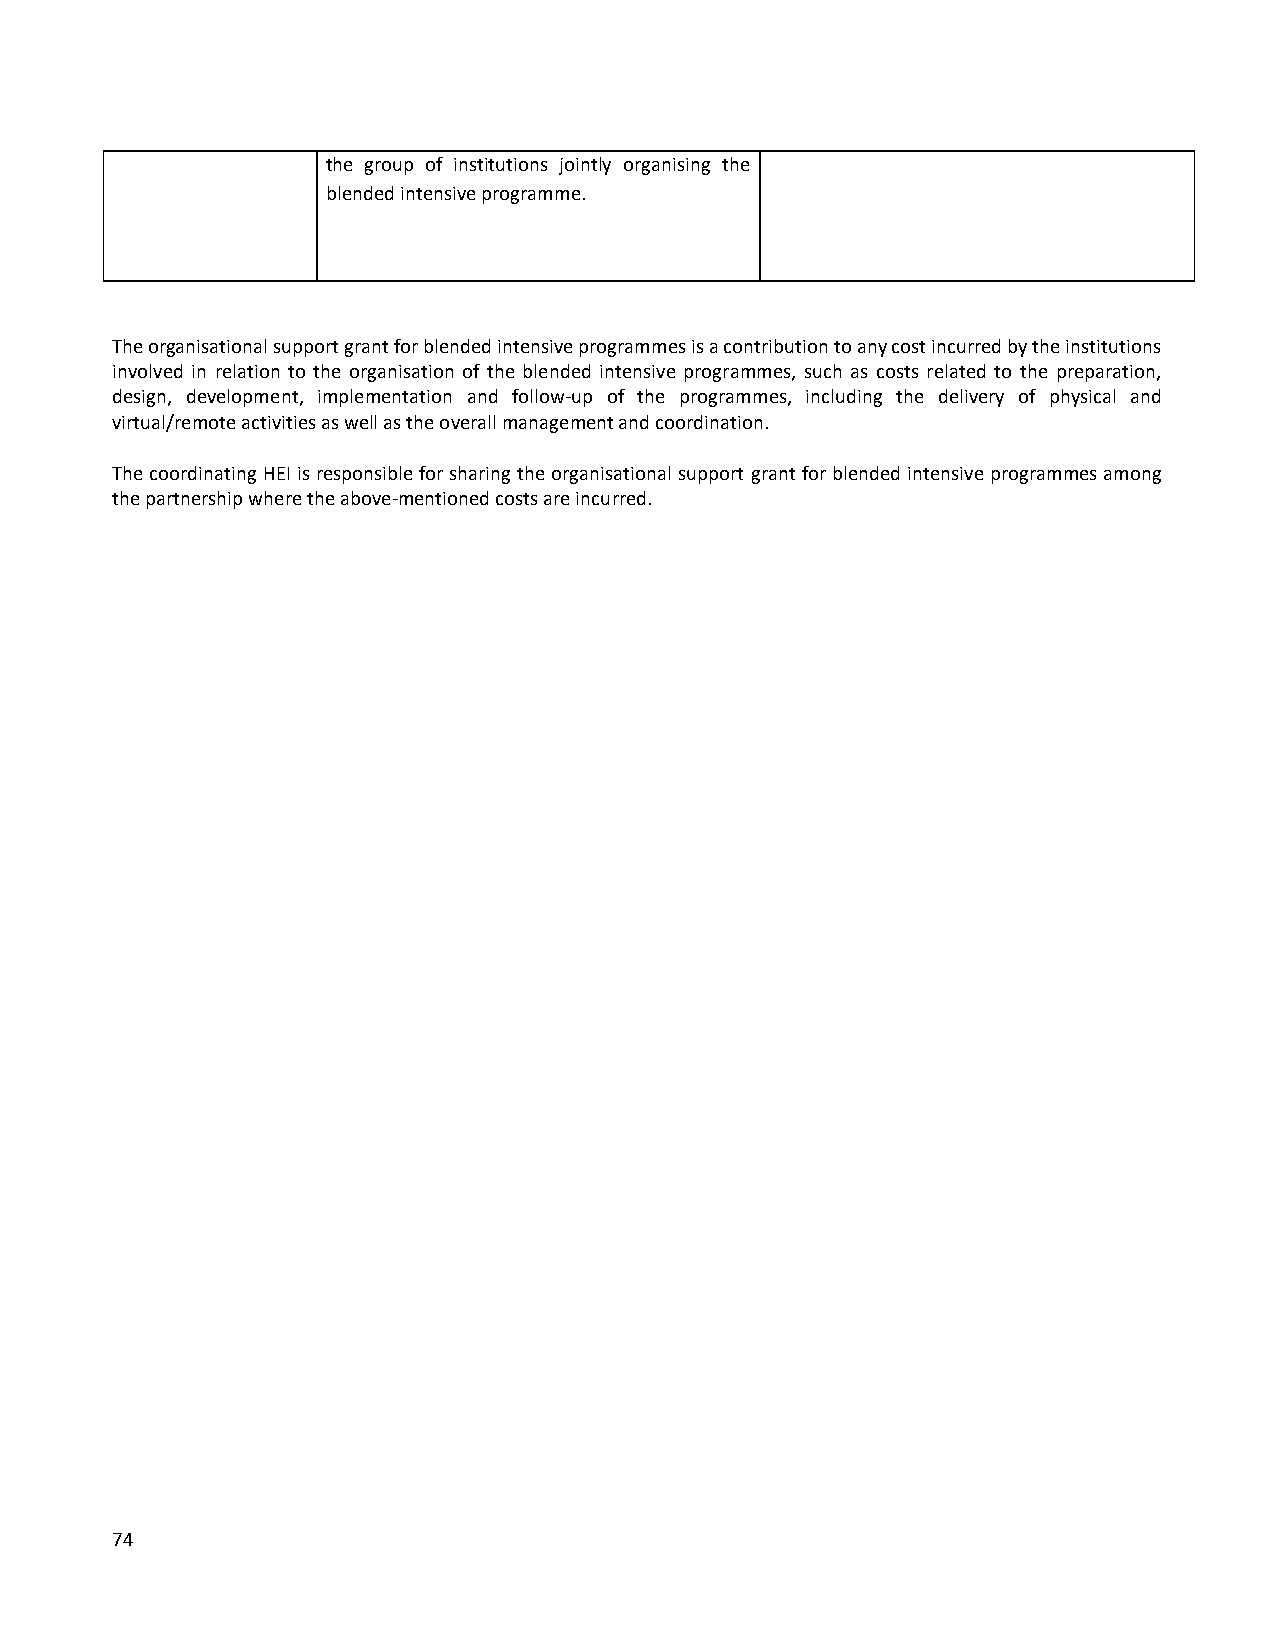
the group of institutions jointly organising the
 blended intensive programme.
 The organisational support grant for blended intensive programmes is a contribution to any cost incurred by the institutions
 involved in relation to the organisation of the blended intensive programmes, such as costs related to the preparation,
 design, development, implementation and follow-up of the programmes, including the delivery of physical and
 virtual/remote activities as well as the overall management and coordination.
 The coordinating HEI is responsible for sharing the organisational support grant for blended intensive programmes among
 the partnership where the above-mentioned costs are incurred.
 74